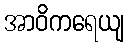
အာဝိကရေယျ